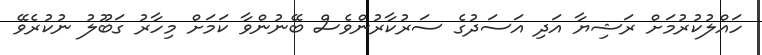
ހައްލުކުރުމަށް ރަޝިޔާ އަދި އަސަދުގެ ސަރުކާރުންވެސް ބޭނުންވާ ކަމަށް މިހާރު ގަބޫލު ނުކުރެވޭ